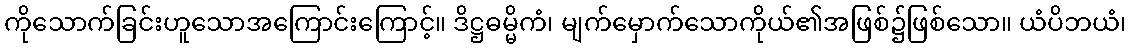
ကိုသောက်ခြင်းဟူသောအကြောင်းကြောင့်။ ဒိဋ္ဌဓမ္မိကံ၊ မျက်မှောက်သောကိုယ်၏အဖြစ်၌ဖြစ်သော။ ယံပိဘယံ၊